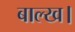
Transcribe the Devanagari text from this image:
बाल्ख।